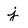
Character: j